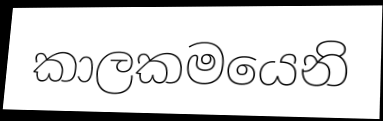
කාලකමයෙනි